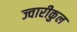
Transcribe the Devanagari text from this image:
ज्वारीकुल